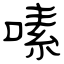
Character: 嗉